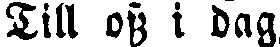
Till oss i dag,